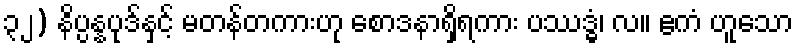
၃၂) နိပ္ပန္နပုဒ်နှင့် မတန်တကားဟု စောဒနာရှိရကား ပဿဒ္ဓံ၊ လ။ ဧကံ ဟူသော